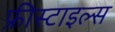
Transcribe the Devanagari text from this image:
फ्रीस्टाइल्स